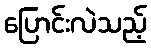
ပြောင်းလဲသည့်